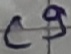
Text: C9